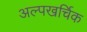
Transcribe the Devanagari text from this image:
अल्पखर्चिक